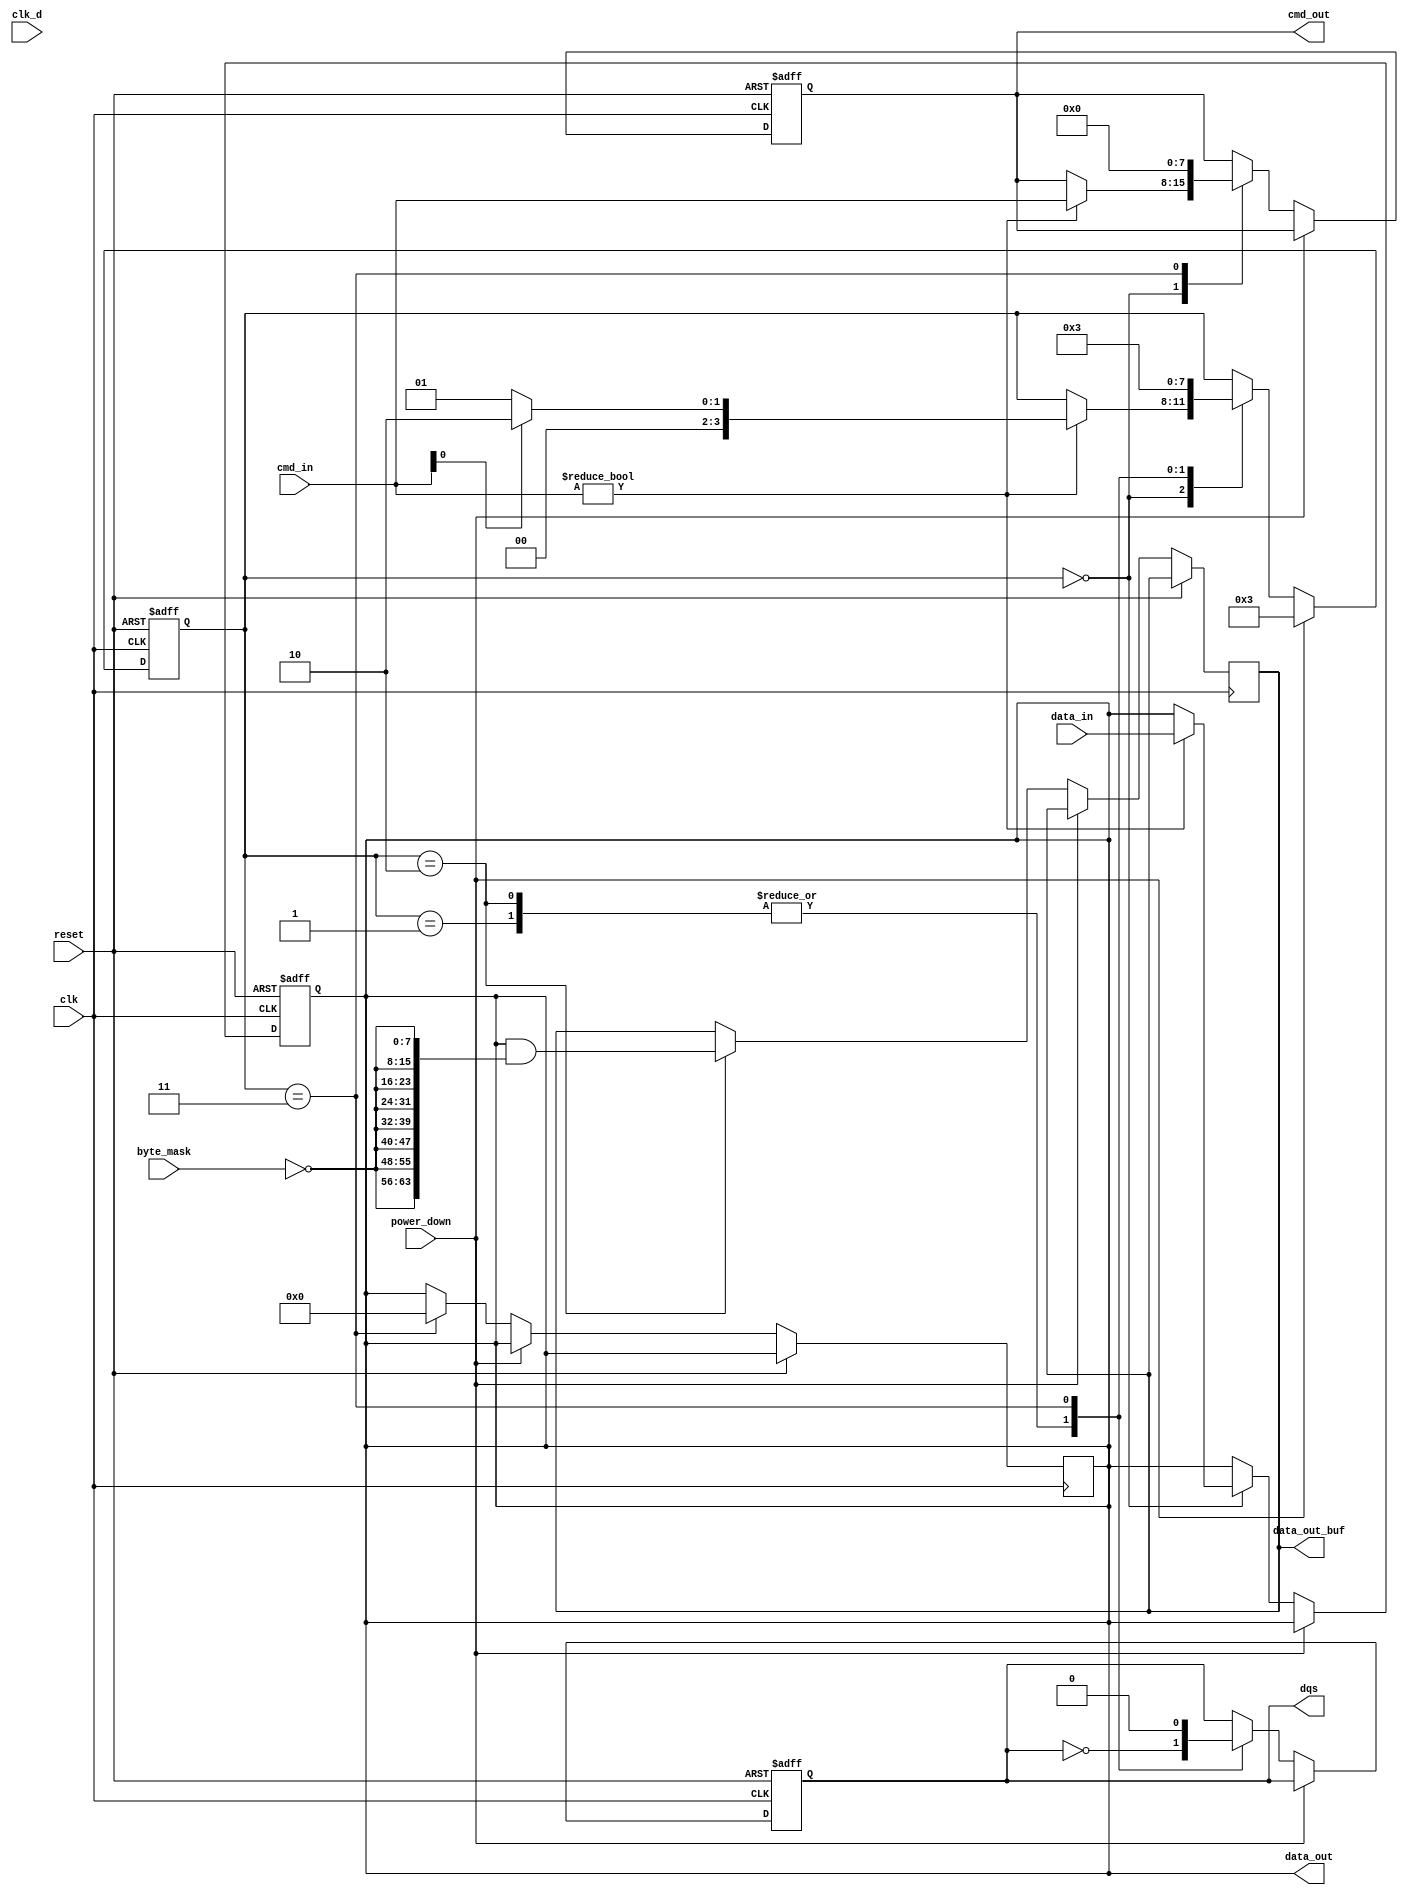
module gddr_io_block (
    input wire clk,                     // Main clock input
    input wire clk_d,                   // Differential clock input
    input wire [63:0] data_in,          // Data input from memory controller (64 bits)
    input wire [7:0] cmd_in,            // Command input from memory controller (8 bits)
    input wire [7:0] byte_mask,         // Byte mask for selective data lanes
    output wire [63:0] data_out,        // Data output to GDDR memory (64 bits)
    output wire [7:0] cmd_out,          // Command output to GDDR memory (8 bits)
    output wire dqs,                    // Data Strobe signal
    output wire [63:0] data_out_buf,    // Buffered data output
    input wire reset,                   // Reset signal
    input wire power_down                // Power down mode signal
);

// Internal signals
reg [63:0] data_buffer;                 // Internal buffer for data
reg [7:0] command_buffer;               // Internal buffer for commands
reg dqs_reg;                            // Register for DQS signal
reg [3:0] state;                        // State register for FSM

// Control signals
localparam IDLE       = 4'b0000;
localparam READ       = 4'b0001;
localparam WRITE      = 4'b0010;
localparam POWER_DOWN  = 4'b0011;

// Reset and Initialization Logic
always @(posedge clk or posedge reset) begin
    if (reset) begin
        data_buffer <= 64'b0;
        command_buffer <= 8'b0;
        dqs_reg <= 1'b0;
        state <= IDLE;
    end else if (power_down) begin
        // Handle power down state
        state <= POWER_DOWN;
    end else begin
        // Transition between states based on command
        case (state)
            IDLE: begin
                if (cmd_in != 8'b0) begin
                    command_buffer <= cmd_in;
                    data_buffer <= data_in;
                    state <= (cmd_in[0]) ? WRITE : READ; // Example command decoding
                end
            end
            READ: begin
                // Read operation logic (dummy logic for example)
                data_out <= data_buffer; // Send data to GDDR
                dqs_reg <= ~dqs_reg;      // Toggle DQS
                state <= IDLE;            // Go back to IDLE
            end
            WRITE: begin
                // Write operation logic (dummy logic for example)
                data_out_buf <= data_buffer & {64{~byte_mask}}; // Apply byte mask
                dqs_reg <= ~dqs_reg;      // Toggle DQS
                state <= IDLE;            // Go back to IDLE
            end
            POWER_DOWN: begin
                // Power down logic
                data_out <= 64'b0;
                command_buffer <= 8'b0;
                dqs_reg <= 1'b0;
                state <= POWER_DOWN; // Stay in power down state
            end
        endcase
    end
end

// Assign outputs
assign data_out = data_buffer;
assign cmd_out = command_buffer;
assign dqs = dqs_reg;

endmodule